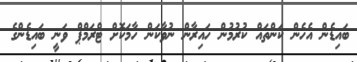
ބައިޑެން އެހެން ކަންތައް ކުރުމުން ހައިރާން ނުވާކަން ހާމަކޮށް ޓްރަމްޕް ވަނީ ބައިޑެންގެ